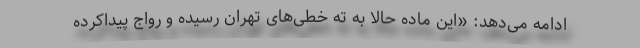
ادامه می‌دهد: «این ماده حالا به ته خطی‌های تهران رسیده و رواج پیداکرده